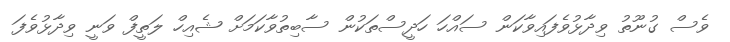
ވެސް ގުނޫތު ވިދާޅުވެފައިވާކަން ސައްހަ ހަދީސްތަކުން ސާބިތުވާކަމަށް ޝެއިހް ލަތީފް ވަނީ ވިދާޅުވެފަ